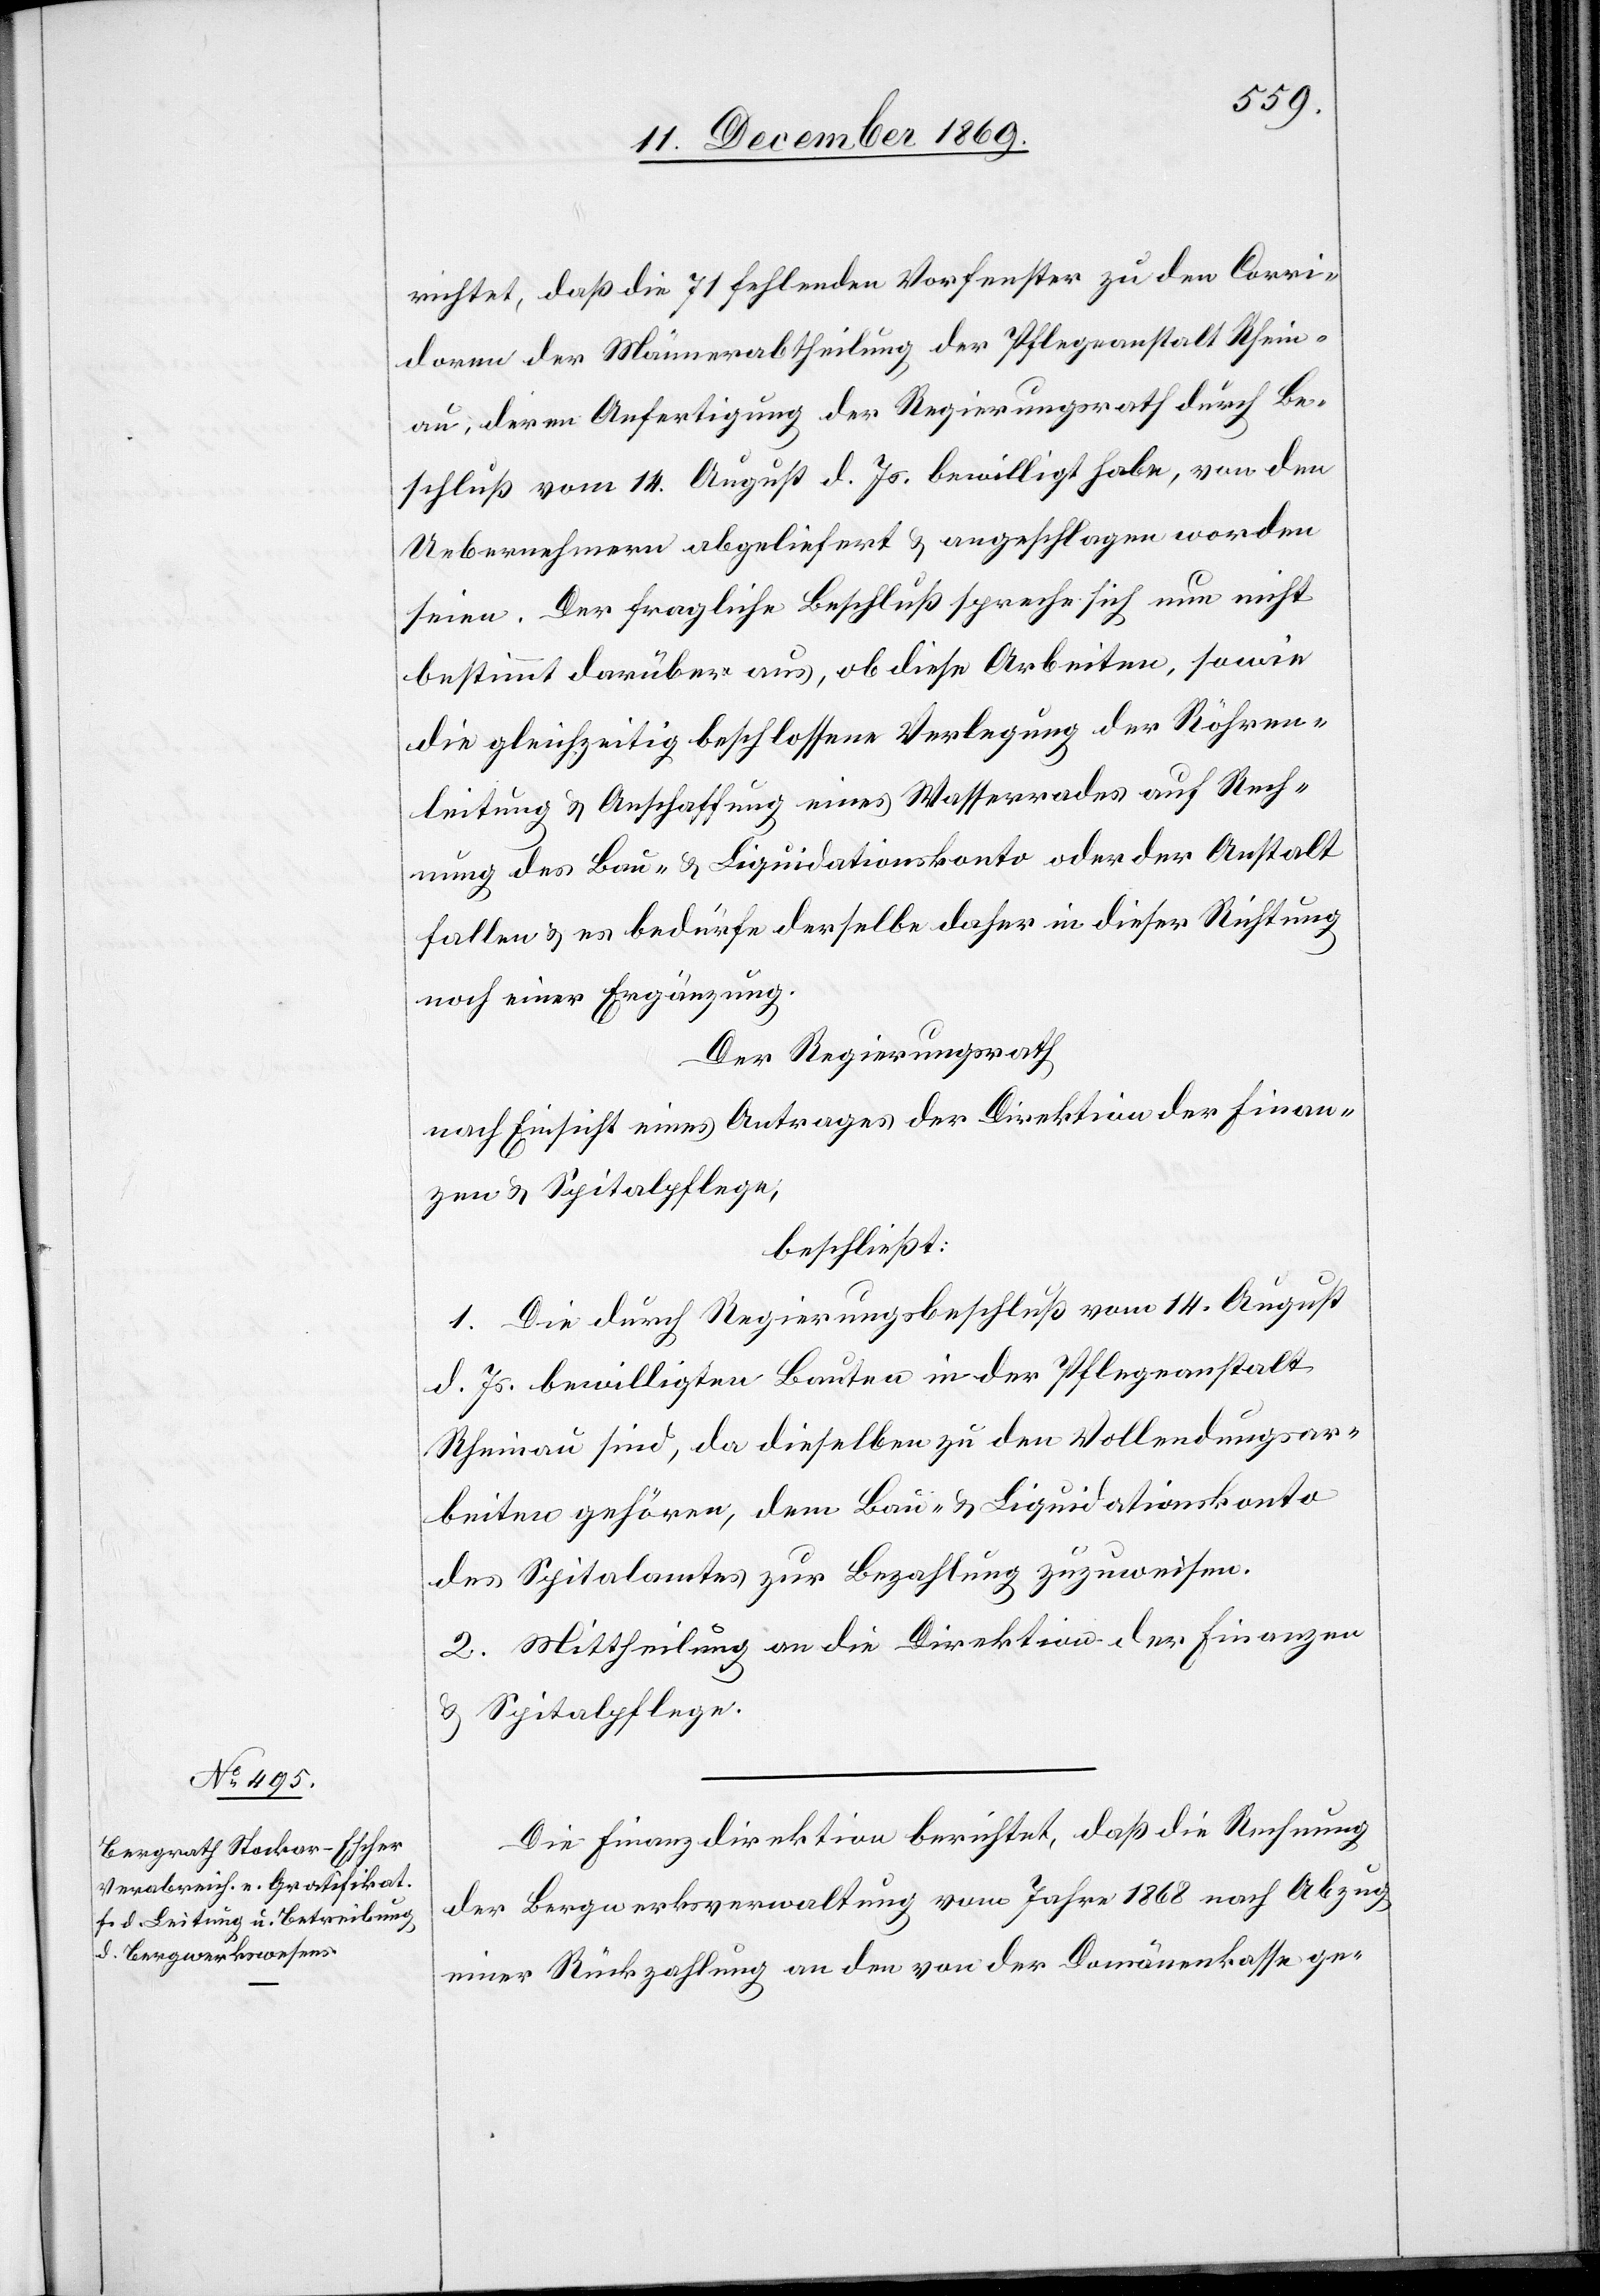
richtet, daß die 71 fehlenden Vorfenster zu den Corri¬
doren der Männerabtheilung der Pflegeanstalt Rhein¬
au, deren Anfertigung der Regierungsrath durch Be¬
schluß vom 14. August d. Js. bewilligt habe, von den
Uebernehmern abgeliefert & angeschlagen worden
seien. Der fragliche Beschluß spreche sich nun nicht
bestimmt darüber aus, ob diese Arbeiten, sowie
die gleichzeitig beschlossene Verlegung der Röhren¬
leitung & Anschaffung eines Wasserrades auf Rech¬
nung des Bau- & Liquidationskonto oder der Anstalt
fallen & es bedürfe derselbe daher in dieser Richtung
noch einer Ergänzung.
Der Regierungsrath
nach Einsicht eines Antrages der Direktion der Finan¬
zen & Spitalpflege,
beschließt:
1. Die durch Regierungsbeschluß vom 14. August
d. Js. bewilligten Bauten in der Pflegeanstalt
Rheinau sind, da dieselben zu den Vollendungsar¬
beiten gehören, dem Bau- & Liquidationskonto
des Spitalamtes zur Bezahlung zuzuweisen.
2. Mittheilung an die Direktion der Finanzen
& Spitalpflege.
Die Finanzdirektion berichtet, daß die Rechnung
der Bergwerksverwaltung vom Jahre 1868 nach Abzug
einer Rückzahlung an den von der Domänenkasse ge-